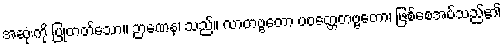
အဆုံးကို ပြုတတ်သော။ ဉာဏေန၊ သည်။ လာတဗ္ဗတော ပဝတ္တေတဗ္ဗတော၊ ဖြစ်စေအပ်သည်၏